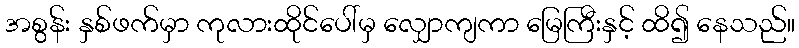
အစွန်း နှစ်ဖက်မှာ ကုလားထိုင်ပေါ်မှ လျှောကျကာ မြေကြီးနှင့် ထိ၍ နေသည်။